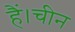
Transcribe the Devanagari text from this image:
हैं।चीन